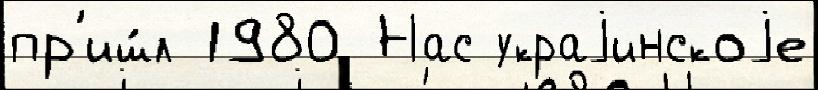
пр'иш́л 1980 Нас украjинскоjе